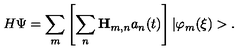
H \Psi = \sum _ { m } \left[ \sum _ { n } { \bf H } _ { m , n } a _ { n } ( t ) \right] | \varphi _ { m } ( \xi ) > .